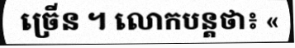
ច្រើន ។ លោកបន្តថា៖ «